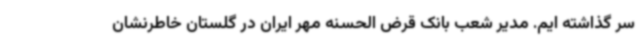
سر گذاشته ایم. مدیر شعب بانک قرض الحسنه مهر ایران در گلستان خاطرنشان